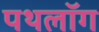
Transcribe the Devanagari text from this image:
पथलॉग